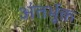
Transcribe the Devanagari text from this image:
अंतर्भूक्त